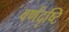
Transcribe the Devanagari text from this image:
वर्णदृष्टि